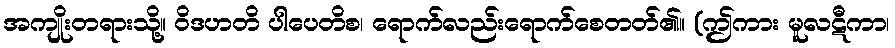
အကျိုးတရားသို့။ ဝိဒဟတိ ပါပေတိစ၊ ရောက်လည်းရောက်စေတတ်၏။ (ဤကား မူလဋီကာ၊